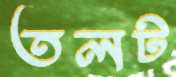
তলট